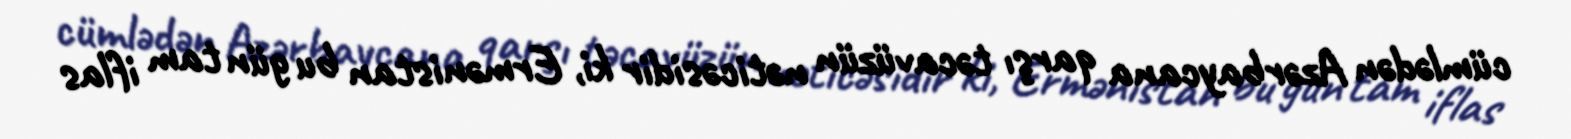
cümlədən Azərbaycana qarşı təcavüzün nəticəsidir ki, Ermənistan bu gün tam iflas